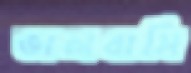
ভালবাসি